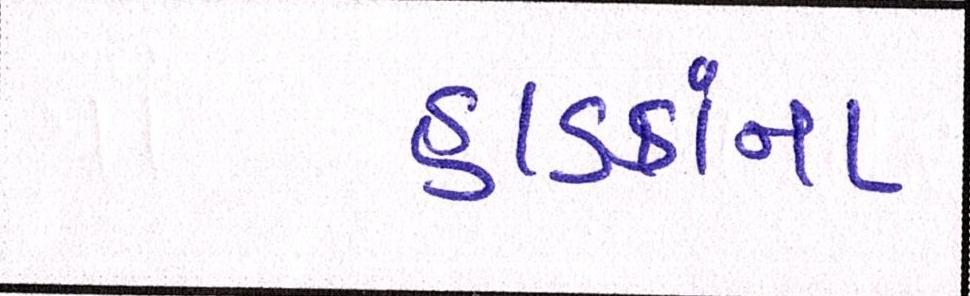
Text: હાડકાંના